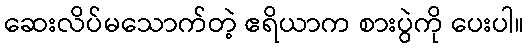
ဆေးလိပ်မသောက်တဲ့ ဧရိယာက စားပွဲကို ပေးပါ။